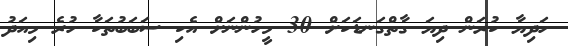
ހަދިޔާ ކުރަން ދިޔަ ގާތްގަނޑަކަށް 30 މީހުންނަށް އެކި ސަބަބުތަކާ ހުރެ މިއަދު